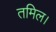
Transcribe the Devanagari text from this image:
तमिल।